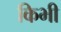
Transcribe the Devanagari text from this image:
किभी